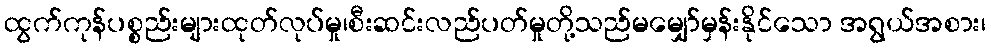
ထွက်ကုန်ပစ္စည်းများထုတ်လုပ်မှု၊စီးဆင်းလည်ပတ်မှုတို့သည်မမျှော်မှန်းနိုင်သော အရွယ်အစား၊